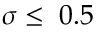
\sigma \leq \; 0 . 5